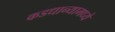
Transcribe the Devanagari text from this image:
कडधान्यामध्ये